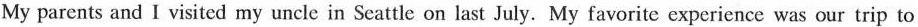
My parents and I visited my uncle in Seattle on last July. My favorite experience was our trip to